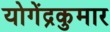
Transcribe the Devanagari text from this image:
योगेंद्रकुमार